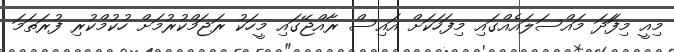
މިއީ މިފަަދަ މައްސަލައެއްގައި މިފަހަކަށް އައިސް ރާއްޖޭގައި މީހަކު ރަޖަމްކުރުމަށް ހުކުމްކުރި ފުރަތަމަ